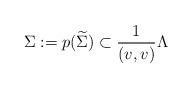
LaTeX: \begin{align*}\Sigma:=p(\widetilde{\Sigma})\subset \frac{1}{(v,v)}\Lambda\end{align*}